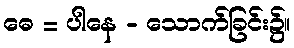
ဓေ = ပါနေ - သောက်ခြင်း၌။